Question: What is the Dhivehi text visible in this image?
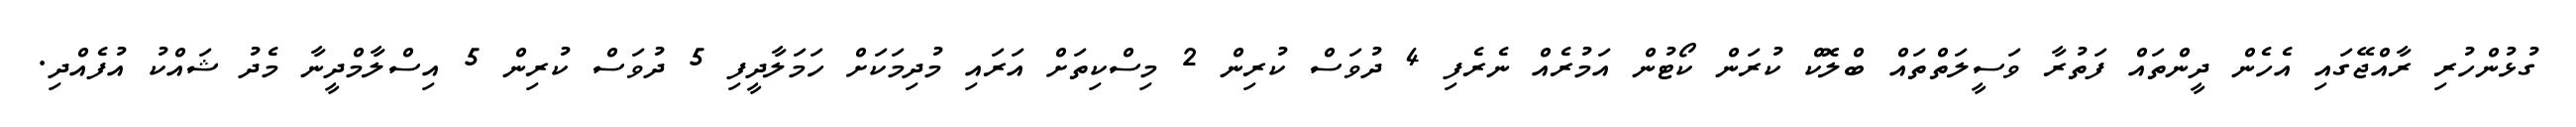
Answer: ގުޅުންހުރި ރާއްޖޭގައި އެހެން ދީންތައް ފަތުރާ ވަސީލަތްތައް ބްލޮކް ކުރަން ކޯޓުން އަމުރެއް ނެރެފި 4 ދުވަސް ކުރިން 2 މިސްކިތަށް އަރައި މުދިމަކަށް ހަމަލާދީފި 5 ދުވަސް ކުރިން 5 އިސްލާމްދީނާ މެދު ޝައްކު އުފެއްދި.